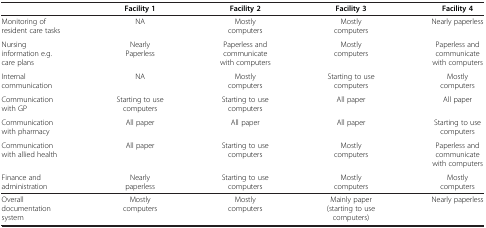
<table><thead><tr><td><b> </b></td><td><b>Facility 1</b></td><td><b>Facility 2</b></td><td><b>Facility 3</b></td><td><b>Facility 4</b></td></tr></thead><tbody><tr><td>Monitoring of resident care tasks</td><td>NA</td><td>Mostly computers</td><td>Mostly computers</td><td>Nearly paperless</td></tr><tr><td>Nursing information e.g. care plans</td><td>Nearly Paperless</td><td>Paperless and communicate with computers</td><td>Mostly computers</td><td>Paperless and communicate with computers</td></tr><tr><td>Internal communication</td><td>NA</td><td>Mostly computers</td><td>Starting to use computers</td><td>Mostly computers</td></tr><tr><td>Communication with GP</td><td>Starting to use computers</td><td>Starting to use computers</td><td>All paper</td><td>All paper</td></tr><tr><td>Communication with pharmacy</td><td>All paper</td><td>All paper</td><td>All paper</td><td>Starting to use computers</td></tr><tr><td>Communication with allied health</td><td>All paper</td><td>Starting to use computers</td><td>Mostly computers</td><td>Paperless and communicate with computers</td></tr><tr><td>Finance and administration</td><td>Nearly paperless</td><td>Starting to use computers</td><td>Mostly computers</td><td>Mostly computers</td></tr><tr><td>Overall documentation system</td><td>Mostly computers</td><td>Mostly computers</td><td>Mainly paper (starting to use computers)</td><td>Nearly paperless</td></tr></tbody></table>